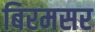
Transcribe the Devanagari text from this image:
बिरमसर